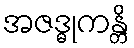
အဇဒ္ဓုကန္တိ